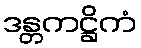
ဒန္တကဋ္ဌိကံ